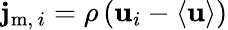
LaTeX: \mathbf{j}_{\mathrm{{m}},\, i}=\rho\left(\mathbf{u}_{i}-\langle\mathbf{u}\rangle\right)